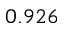
0 . 9 2 6